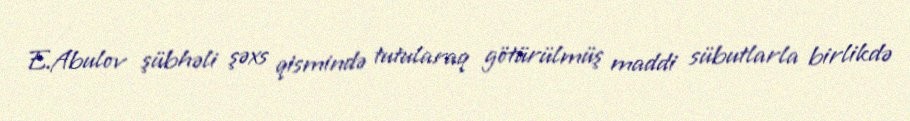
E.Abulov şübhəli şəxs qismində tutularaq götürülmüş maddi sübutlarla birlikdə